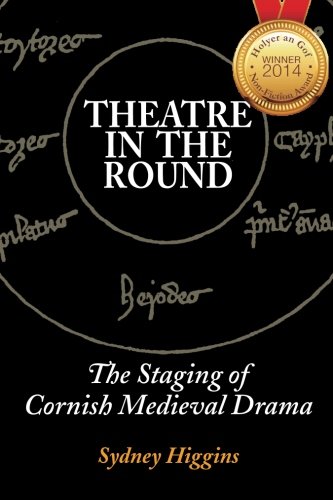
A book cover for Theatre in the Round: The Staging of Cornish Medieval Drama; Sydney Higgins; Literature & Fiction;